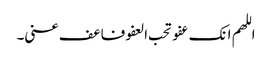
اللھم انک عفو تحب العفو فاعف عنی۔